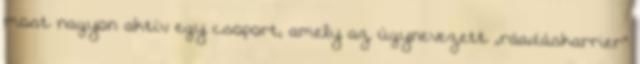
most nagyon aktív egy csoport, amely az úgynevezett ,,ráadáskarrier"